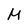
Character: M